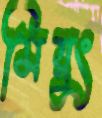
মিয়ুং